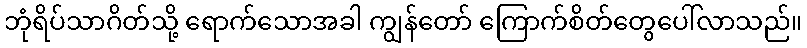
ဘုံရိပ်သာဂိတ်သို့ ရောက်သောအခါ ကျွန်တော် ကြောက်စိတ်တွေပေါ်လာသည်။